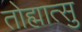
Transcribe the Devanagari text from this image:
तोह्मात्सु